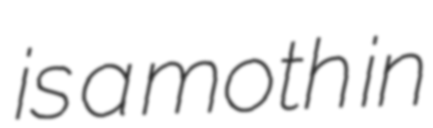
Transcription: is a moth in